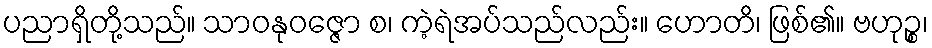
ပညာရှိတို့သည်။ သာဝနုဝဇ္ဇော စ၊ ကဲ့ရဲအပ်သည်လည်း။ ဟောတိ၊ ဖြစ်၏။ ဗဟုဉ္စ၊